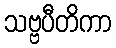
သဗ္ဗပီတိကာ